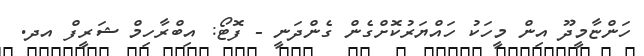
ހަންޏާމީދޫ އިން މީހަކު ހައްޔަރުކޮށްގެން ގެންދަނީ - ފޮޓޯ: އިބްރާހިމް ޝަރީފް އދ.